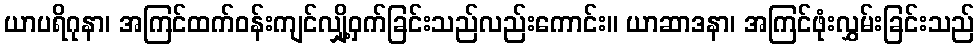
ယာပရိဂုနာ၊ အကြင်ထက်ဝန်းကျင်လျှို့ဝှက်ခြင်းသည်လည်းကောင်း။ ယာဆာဒနာ၊ အကြင်ဖုံးလွှမ်းခြင်းသည်